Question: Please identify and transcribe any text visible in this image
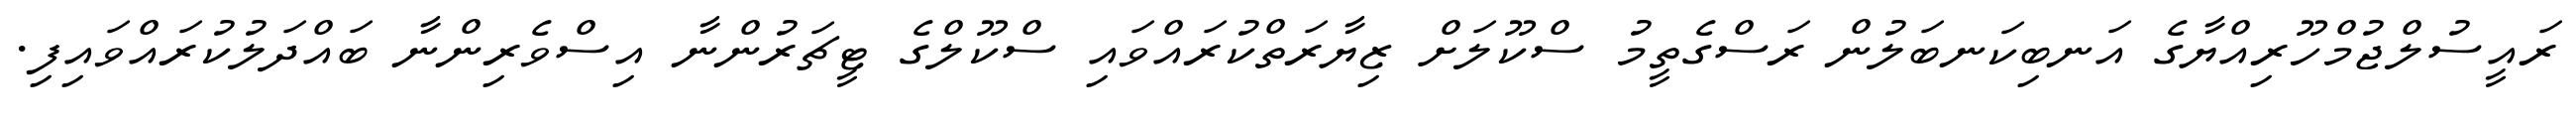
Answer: ރައީސުލްޖުމްހޫރިއްޔާގެ އަނބިކަނބަލުން ރަސްގެތީމު ސްކޫލަށް ޒިޔާރަތްކުރައްވައި ސްކޫލްގެ ޓީޗަރުންނާ އިސްވެރިންނާ ބައްދަލުކުރައްވައިފި.